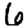
Digit: 6